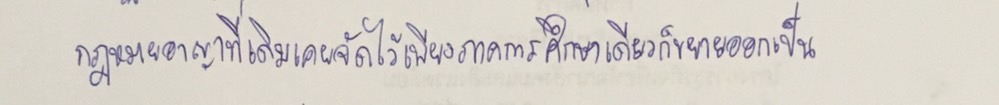
กฎหมายอาญาที่เดิมเคยจัดไว้เพียงภาคการศึกษาเดียวก็ขยายออกเป็น